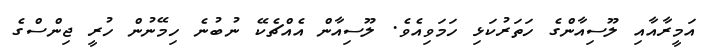
އަމީރާއާއި ލޫސިއާންގެ ހަތަރުކަޅި ހަމަވިއެވެ. ލޫސިއާން އެއްޗެކޭ ނުބުނެ ހިމޭނުން ހުރީ ޖިންސްގެ